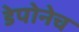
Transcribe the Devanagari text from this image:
डेपोनेच